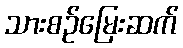
သားစဉ်မြေးဆက်